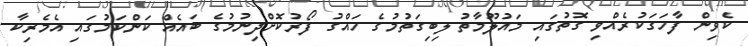
ކެވިން ފާހަގަކުރެއްވި ގޮތުގައި މައުލޫމާތު ލިބިގަތުމުގެ ހައްގު ފޯރުކޮށްދިނުމުގެ ބައެއް ކަންކަމުގައި އެމެރިކާ